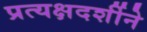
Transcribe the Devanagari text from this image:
प्रत्यक्षदर्शीने